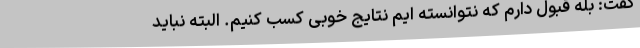
گفت: بله قبول دارم که نتوانسته ایم نتایج خوبی کسب کنیم. البته نباید